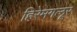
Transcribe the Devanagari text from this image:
हिरेमगलूर